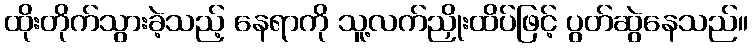
ထိုးတိုက်သွားခဲ့သည့် နေရာကို သူ့လက်ညှိုးထိပ်ဖြင့် ပွတ်ဆွဲနေသည်။